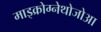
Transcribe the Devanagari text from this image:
माइक्रोग्नेथोजोआ